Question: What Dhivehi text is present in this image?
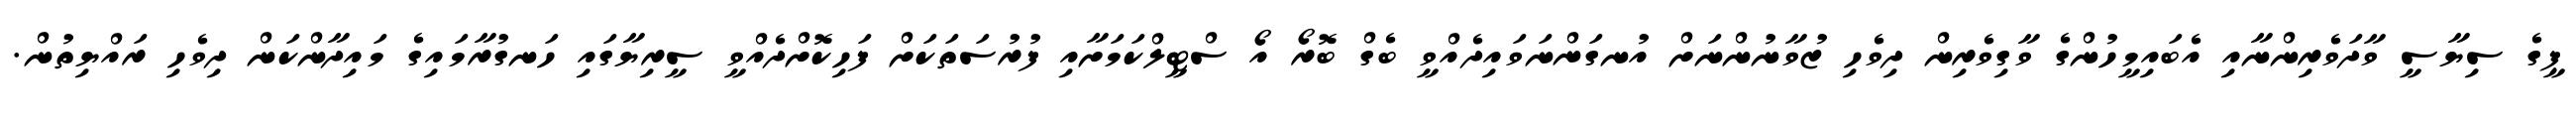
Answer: ޕީގެ ސިޔާސީ ވާދަވެރިންނާއި އެބައިމީހުންގެ ވާގިވެރިން ދިވެހި ޒުވާނުންނަށް އުނގަންނަވައިދެއްވީ ބެގް ބޮރޯ އޯ ސްޓީލްކަމަށާއި ފުރުސަތަކަށް ފަހިކޮށްދެއްވީ ސީރިޔާގައި ހަނގުރާމައިގެ މައިދާންކަން ދިވެހި ރައްޔިތުން.